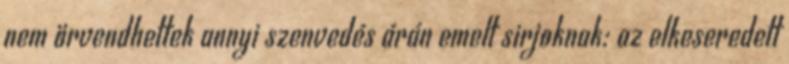
nem örvendhettek annyi szenvedés árán emelt sirjoknak: az elkeseredett